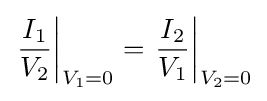
\left.{\frac {I_{1}}{V_{2}}}\right|_{V_{1}=0}=\left.{\frac {I_{2}}{V_{1}}}\right|_{V_{2}=0}